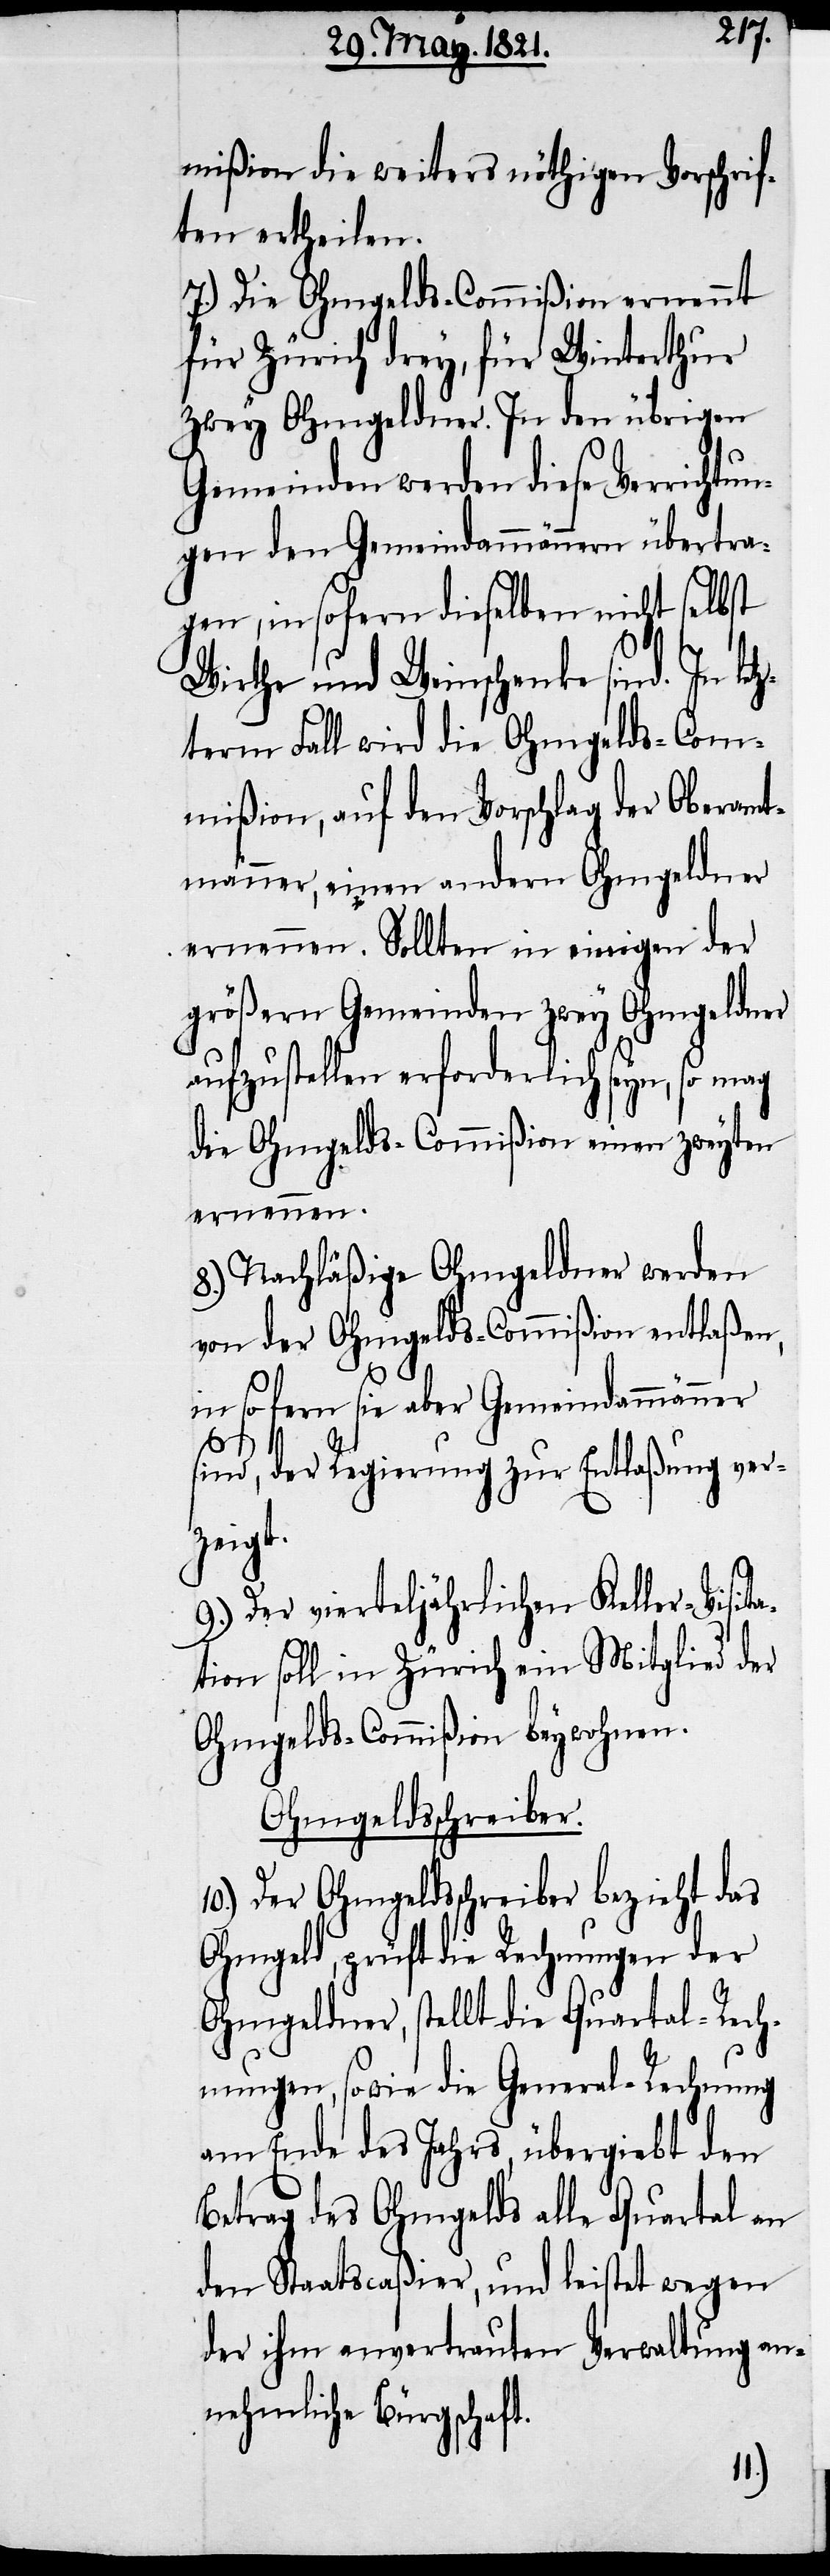
mißion die weiters nöthigen Vorschrif¬
ten ertheilen.
7.) Die Ohmgelds-Commißion ernennt
für Zürich drey, für Winterthur
zwey Ohmgeldner. In den übrigen
Gemeinden werden diese Verrichtun¬
gen den Gemeindammännern übertra¬
gen, in sofern dieselben nicht selbst
Wirthe und Weinschenke sind. In let¬
zterm Fall wird die Ohmgelds-Com¬
mißion, auf den Vorschlag der Oberamt¬
männer, einen andern Ohmgeldner
ernennen. Sollten in einigen der
größern Gemeinden zwey Ohmgeldner
aufzustellen erforderlich seyn, so mag
die Ohmgelds-Commißion einen zweyten
ernennen.
8.) Nachläßige Ohmgeldner werden
von der Ohmgelds-Commißion entlaßen,
in so fern sie aber Gemeindammänner
sind, der Regierung zur Entlaßung ver¬
zeigt.
9.) Der vierteljährlichen Keller-Visita¬
tion soll in Zürich ein Mitglied der
Ohmgelds-Commißion beywohnen.
Ohmgeldsschreiber.
Der Ohmgeldsschreiber bezieht das
Ohmgeld, prüft die Rechnungen der
Ohmgeldner, stellt die Quartal-Rech¬
nungen, sowie die General-Rechnung
am Ende des Jahres, übergiebt den
Betrag des Ohmgelds alle Quartal an
den Staatscaßier, und leistet wegen
der ihm anvertrauten Verwaltung an¬
nehmliche Bürgschaft.
10.)